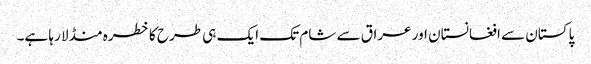
پاکستان سے افغانستان اور عراق سے شام تک ایک ہی طرح کا خطرہ منڈلا رہا ہے۔